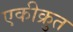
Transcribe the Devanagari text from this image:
एकीक्रुत